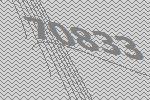
70833